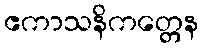
ဧကာသနိကတ္တေန